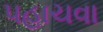
પહાચવા